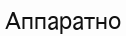
Аппаратно